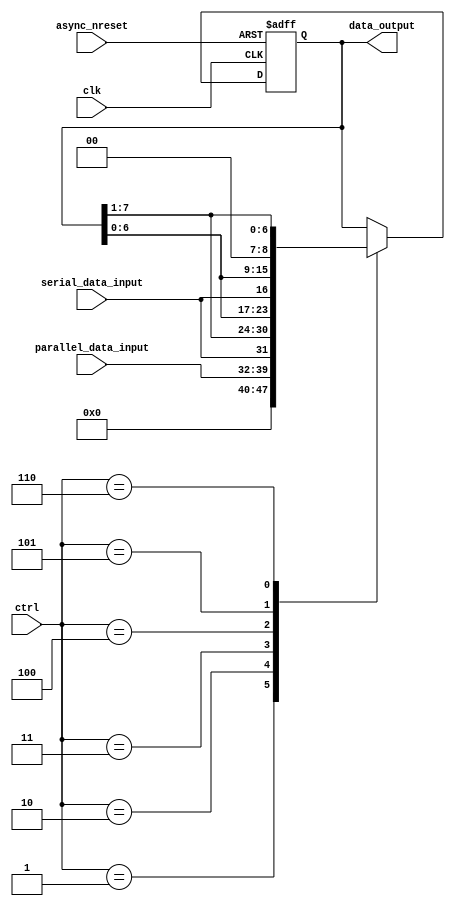
module register
	#(
		parameter WIDTH = 8
	)
	(
		input clk,
		input async_nreset,
		
		input [2:0] ctrl,
		
		input serial_data_input,
		input [WIDTH-1:0] parallel_data_input,
		
		output [WIDTH-1:0] data_output
	);
	
	reg [WIDTH-1:0] data_reg, data_next;
	
	localparam NONE = 3'd0;
	localparam CLR = 3'd1;
	localparam PARALLEL_LOAD = 3'd2;
	localparam SERIAL_MSB_LOAD = 3'd3;
	localparam SERIAL_LSB_LOAD = 3'd4;
	localparam SHIFT_LOGICAL_LEFT = 3'd5;
	localparam SHIFT_LOGICAL_RIGHT = 3'd6;
	
	always @(*)
	begin
		case (ctrl)
			CLR:
				data_next <= {WIDTH{1'b0}};
			PARALLEL_LOAD:
				data_next <= parallel_data_input;
			SERIAL_MSB_LOAD:
				data_next <= {serial_data_input, data_reg[WIDTH-1:1]};
			SERIAL_LSB_LOAD:
				data_next <= {data_reg[WIDTH-2:0], serial_data_input};
			SHIFT_LOGICAL_LEFT:
				data_next <= {data_reg[WIDTH-2:0], 1'b0};
			SHIFT_LOGICAL_RIGHT:
				data_next <= {1'b0, data_reg[WIDTH-1:1]};
			default:
				data_next <= data_reg;
		endcase
	end
	
	always @(posedge clk, negedge async_nreset)
	begin
		if (!async_nreset)
			data_reg <= {WIDTH{1'b0}};
		else
			data_reg <= data_next;
	end
	
	assign data_output = data_reg;
	
endmodule